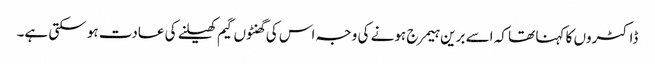
ڈاکٹروں کا کہنا تھا کہ اسے برین ہیمرج ہونے کی وجہ اس کی گھنٹوں گیم کھیلنے کی عادت ہو سکتی ہے۔